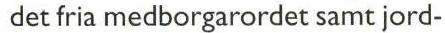
det fria medborgarordet samt jord-